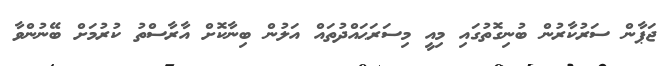
ޖަޕާން ސަރުކާރުން ބުނިގޮތުގައި މިއީ މިސަރަޙައްދުތައް އަލުން ބިނާކޮށް އާރާސްތު ކުރުމަށް ބޭނުންވާ